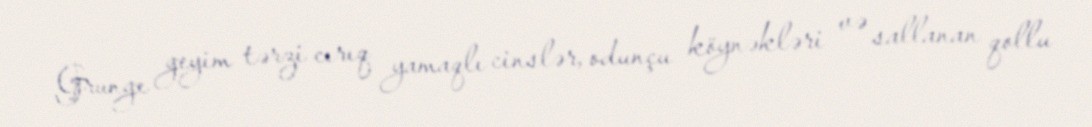
Grunge geyim tərzi cırıq yamaqlı cinslər, odunçu köynəkləri və sallanan qollu